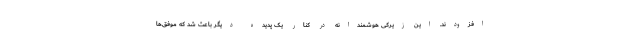
افزودند. این زیرکی هوشمندانه در کنار یک پدیده دیگر باعث شد که موفق‌ها